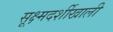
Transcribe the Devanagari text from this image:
सूक्ष्मदर्शीखाली